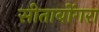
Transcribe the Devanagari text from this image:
सीताबोंगरा